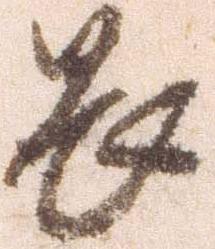
畏